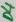
Text: D4